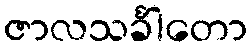
ဇာလသင်္ခါတော